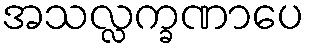
အသလ္လက္ခဏာပေ